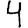
Digit: 4